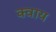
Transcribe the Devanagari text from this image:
क्वाय